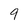
Character: 9